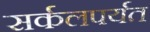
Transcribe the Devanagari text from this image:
सर्कलपर्यत